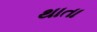
થાતા